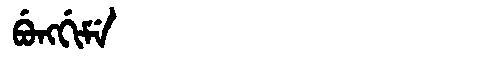
Manchu: ᠪᡠᠩᡤᡳᠮᡝ
Romanization: BUNGGIME